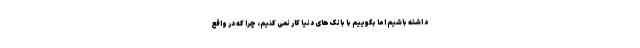
د اشته باشیم اما بگوییم با بانک های دنیا کار نمی کنیم، چرا که در واقع